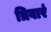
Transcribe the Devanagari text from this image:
त्रिवारं